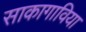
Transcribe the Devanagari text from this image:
साकागाविया